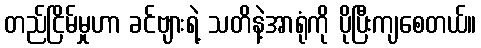
တည်ငြိမ်မှုဟာ ခင်ဗျားရဲ့ သတိနဲ့အာရုံကို ပိုပြီးကျစေတယ်။